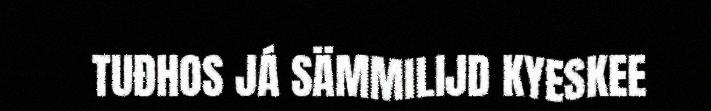
TUĐHOS JÁ SÄMMILIJD KYESKEE